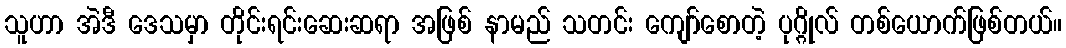
သူဟာ အဲဒီ ဒေသမှာ တိုင်းရင်းဆေးဆရာ အဖြစ် နာမည် သတင်း ကျော်စောတဲ့ ပုဂ္ဂိုလ် တစ်ယောက်ဖြစ်တယ်။